system: You are a helpful assistant.
user:
Analyze the provided spectrum to determine if it is a **M-type Giant (gM)**.

A M-type Giant spectrum is defined by its **strong molecular absorption** features, particularly from **Titanium Oxide (TiO)**. You must check for one of the following mutually exclusive signatures:

- **Key Visual Indicators (Absorption-Dominated Spectrum):**

    - **(Primary):** The spectrum is dominated by strong molecular absorption from **Titanium Oxide (TiO)**. This is the **defining feature** of its M-type temperature class.
        - **(Key Bandheads):** Look for sharp, "saw-tooth" absorption valleys. The strongest are located near **~7050 Å**, **~6160 Å**, and **~5170 Å**.
        - **(Line Profile):** The "saw-tooth" morphology is critical: a **sharp, steep drop on the BLUE (short-wavelength) side** of the bandhead, followed by a gradual recovery (rising flux) towards the RED (long-wavelength) side.

    - **(Key Confirmation - Giant vs. Dwarf):** **ABSENCE** of strong **Calcium Hydride (CaH)** molecular bands. This is the primary diagnostic for *excluding* M-dwarfs.
        - **(Key Region):** The spectrum should lack the strong, broad absorption band seen in dwarfs between **~6800 Å and ~7000 Å**.

    - **(Secondary Confirmation - Giant):** A very strong and broad **Neutral Calcium (Ca I)** atomic absorption line.
        - **(Key Line):** Located at **~4226 Å**. In a giant (gM), this line is significantly deeper and broader than the same line in an M-dwarf (dM) due to low surface gravity.

    - **(Overall Spectrum):**
        - The continuum is **extremely red-sloping** (i.e., flux is very low in the blue and rises dramatically towards the red).
        - The entire spectrum appears "chopped up" by the deep TiO bands.

Think first, call **spectral_visualization_tool** if needed to examine features in detail, then provide your final answer. Your response must adhere to the following strict rules:
1.  **Overall Structure:** Your response must follow the format `<think>...</think> <tool_call>...</tool_call> (if a tool is used) <answer>...</answer>`.
2.  **Tool Usage Constraint:** You may only make **one** tool call per turn.
3.  **Final Answer Format:** In the `<answer>` tag, your conclusion must be inside a `\boxed{}` command (e.g., `\boxed{YES}` or `\boxed{NO}`), followed by your justification.

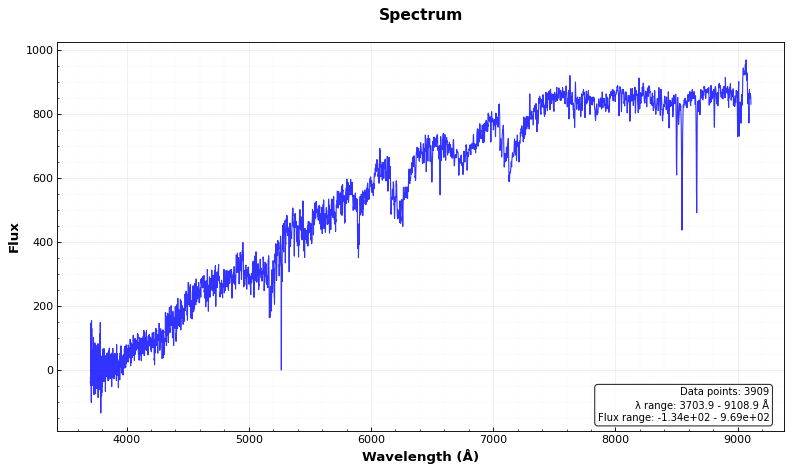
Answer: YES